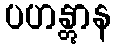
ပဟန္တွာန